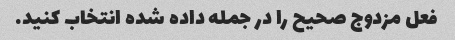
فعل مزدوج صحیح را در جمله داده شده انتخاب کنید.